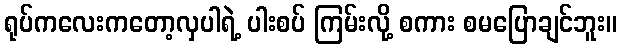
ရုပ်ကလေးကတော့လှပါရဲ့ ပါးစပ် ကြမ်းလို့ စကား စမပြောချင်ဘူး။